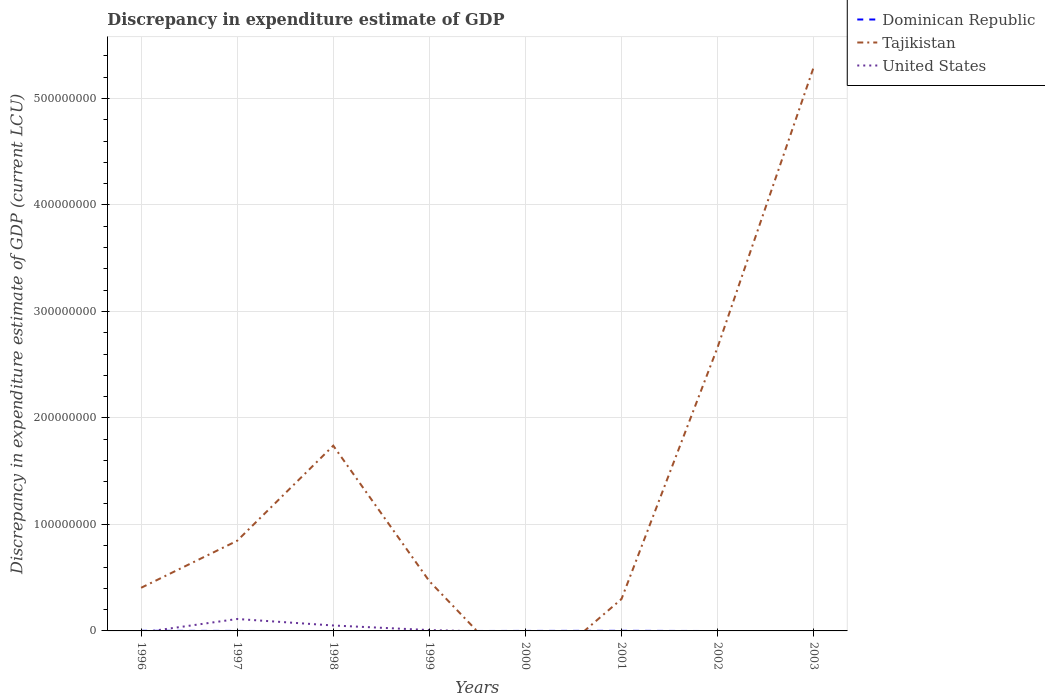
| Years | Dominican Republic | Tajikistan | United States |
 | --- | --- | --- | --- |
 | 1996 | 1e+05 | 4.05e+07 | -1.5e+06 |
 | 1997 | 2.2e-05 | 8.47e+07 | 1.12e+07 |
 | 1998 | -2e+05 | 1.74e+08 | 5.1e+06 |
 | 1999 | -1e+05 | 4.67e+07 | 8e+05 |
 | 2000 | 3e-05 | -4.76e+07 | -1.5e+06 |
 | 2001 | 1e+05 | 2.99e+07 | -2.6e+06 |
 | 2002 | -1e+05 | 2.66e+08 | -3.9e+06 |
 | 2003 | -1e+05 | 5.29e+08 | -3.2e+06 |